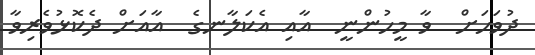
ދުވަހަށް  ވާ މީހުންނީ  އާއި އެކަލާނގެ  އާއަށް ދެކޮޅުވެރިވާ